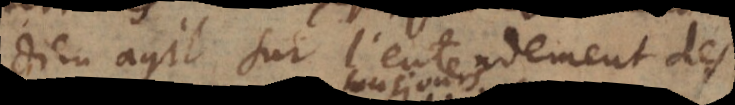
Dieu agit sur l’entendement des